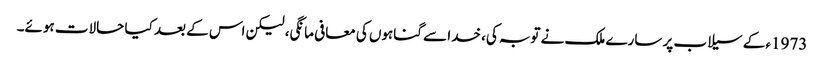
1973ء کے سیلاب پر سارے ملک نے توبہ کی، خدا سے گناہوں کی معافی مانگی، لیکن اس کے بعد کیا حالات ہوئے۔